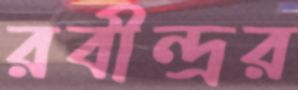
রবীন্দ্রর